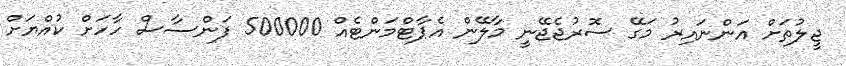
ޖީލުތަށް އަންނައިރު މަގޭ ސޮރުޖެޖޭނީ މާލޭން އެޕާޓްމަންޓެއް 500000 ފަންސާސް ހާހަށް ކުއްޔަށް